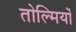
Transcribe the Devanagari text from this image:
तोल्मियों